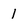
Character: I